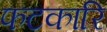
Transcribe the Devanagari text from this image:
फटकारि